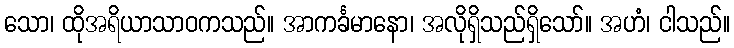
သော၊ ထိုအရိယာသာဝကသည်။ အာကင်္ခမာနော၊ အလိုရှိသည်ရှိသော်။ အဟံ၊ ငါသည်။